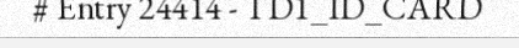
# Entry 24414 - TD1_ID_CARD